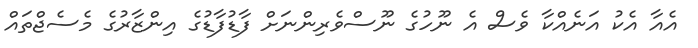
އެއާ އެކު އަނެއްކާ ވެސް އެ ނޫހުގެ ނޫސްވެރިންނަށް ފާޑުފާޑުގެ އިންޒާރުގެ މެސެޖްތައް